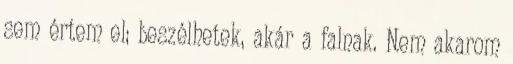
sem értem el; beszélhetek, akár a falnak. Nem akarom